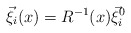
\begin{align*}\vec\xi_i(x) = R^{-1}(x)\vec\xi_i^0 \end{align*}